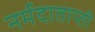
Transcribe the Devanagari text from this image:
नर्मदाताप्ती